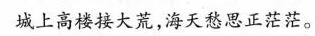
城上高楼接大荒，海天愁思正茫茫。